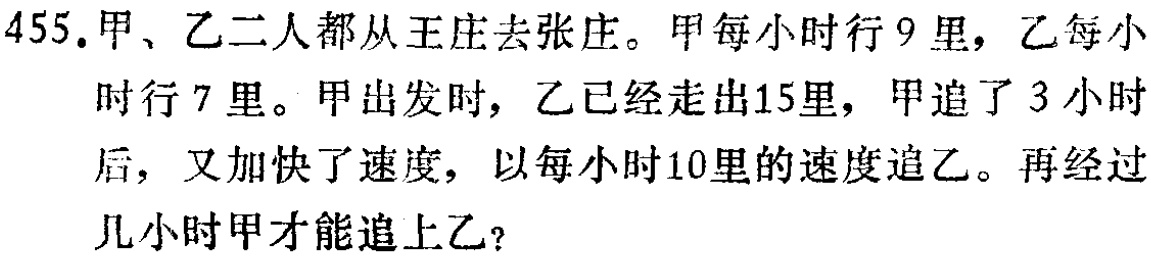
455.甲、乙二人都从王庄去张庄。甲每小时行9里，乙每小时行7里。甲出发时，乙已经走出15里，甲追了3小时后，又加快了速度，以每小时10里的速度追乙。再经过几小时甲才能追上乙？